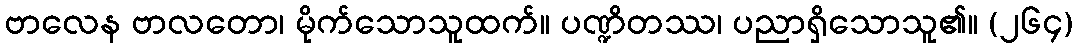
ဗာလေန ဗာလတော၊ မိုက်သောသူထက်။ ပဏ္ဍိတဿ၊ ပညာရှိသောသူ၏။ (၂၆၄)